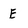
Character: E